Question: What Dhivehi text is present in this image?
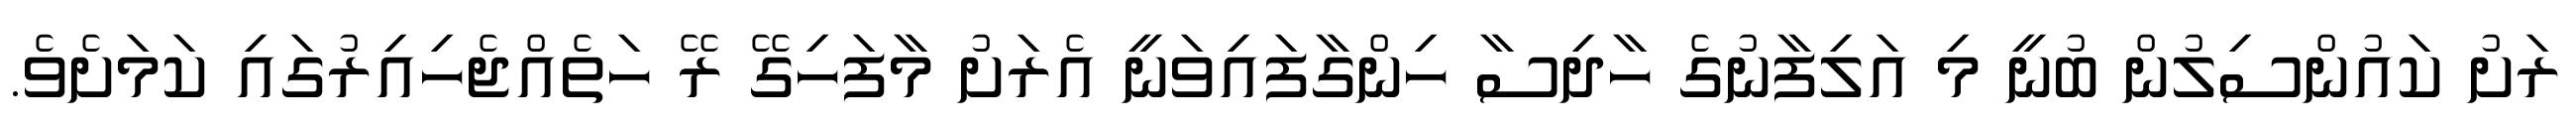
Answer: ރަށު ކައުންސިލުން ބުނީ މި އަލިފާނުގެ ހާދިސާ ހިންގާފައިވަނީ އެރަށު މާފަހިގޭ ރޭ ހަތެއްޖެހިއިރުގައި ކަމަށެވެ.